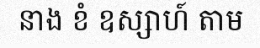
នាង ខំ ឧស្សាហ៍ តាម